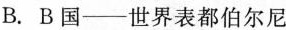
B. B国--世界表都伯尔尼